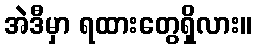
အဲဒီမှာ ရထားတွေရှိလား။